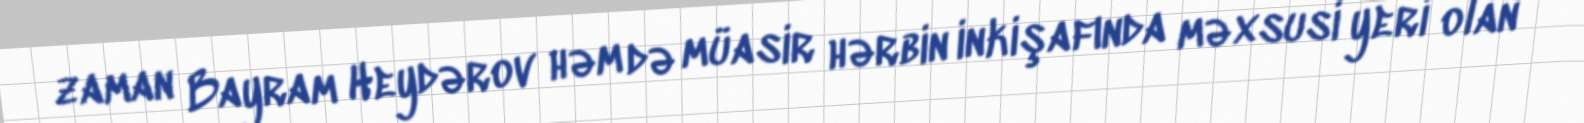
zaman Bayram Heydərov həm də müasir hərbin inkişafında məxsusi yeri olan